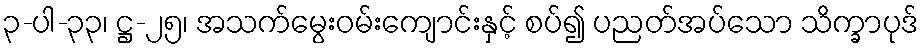
၃-ပါ-၃၃၊ ဋ္ဌ-၂၅၊ အသက်မွေးဝမ်းကျောင်းနှင့် စပ်၍ ပညတ်အပ်သော သိက္ခာပုဒ်